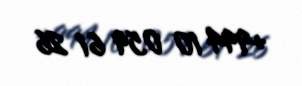
+994 10 059 61 26